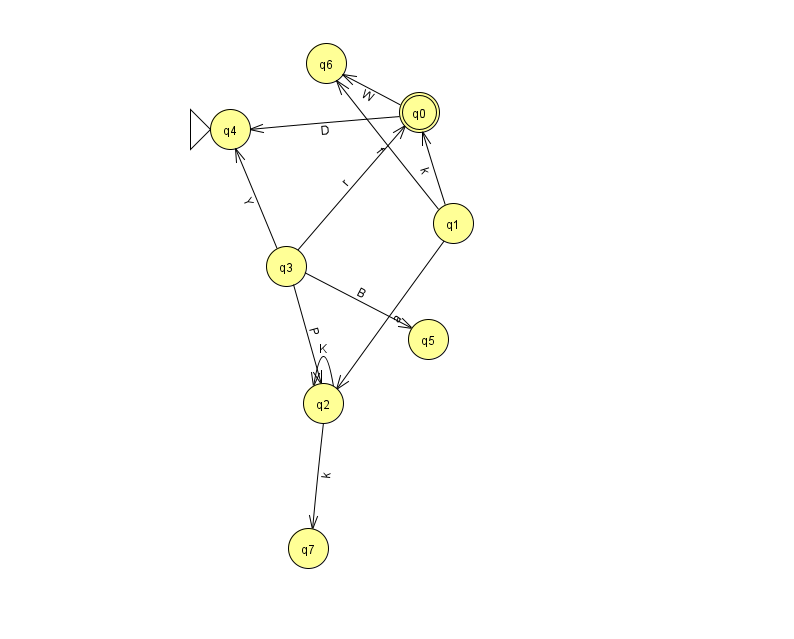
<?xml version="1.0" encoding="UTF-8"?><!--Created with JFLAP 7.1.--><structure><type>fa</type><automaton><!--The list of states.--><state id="0" name="q0"><x>419.0</x><y>99.0</y><final/></state><state id="1" name="q1"><x>453.0</x><y>210.0</y></state><state id="2" name="q2"><x>323.0</x><y>390.0</y></state><state id="3" name="q3"><x>286.0</x><y>253.0</y></state><state id="4" name="q4"><x>230.0</x><y>116.0</y><initial/></state><state id="5" name="q5"><x>428.0</x><y>326.0</y></state><state id="6" name="q6"><x>326.0</x><y>50.0</y></state><state id="7" name="q7"><x>308.0</x><y>535.0</y></state><!--The list of transitions.--><transition><from>2</from><to>7</to><read>k</read></transition><transition><from>1</from><to>2</to><read>a</read></transition><transition><from>3</from><to>2</to><read>P</read></transition><transition><from>1</from><to>0</to><read>k</read></transition><transition><from>1</from><to>6</to><read>f</read></transition><transition><from>3</from><to>4</to><read>Y</read></transition><transition><from>3</from><to>5</to><read>B</read></transition><transition><from>0</from><to>4</to><read>D</read></transition><transition><from>0</from><to>6</to><read>W</read></transition><transition><from>2</from><to>2</to><read>K</read></transition><transition><from>3</from><to>0</to><read>r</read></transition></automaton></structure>